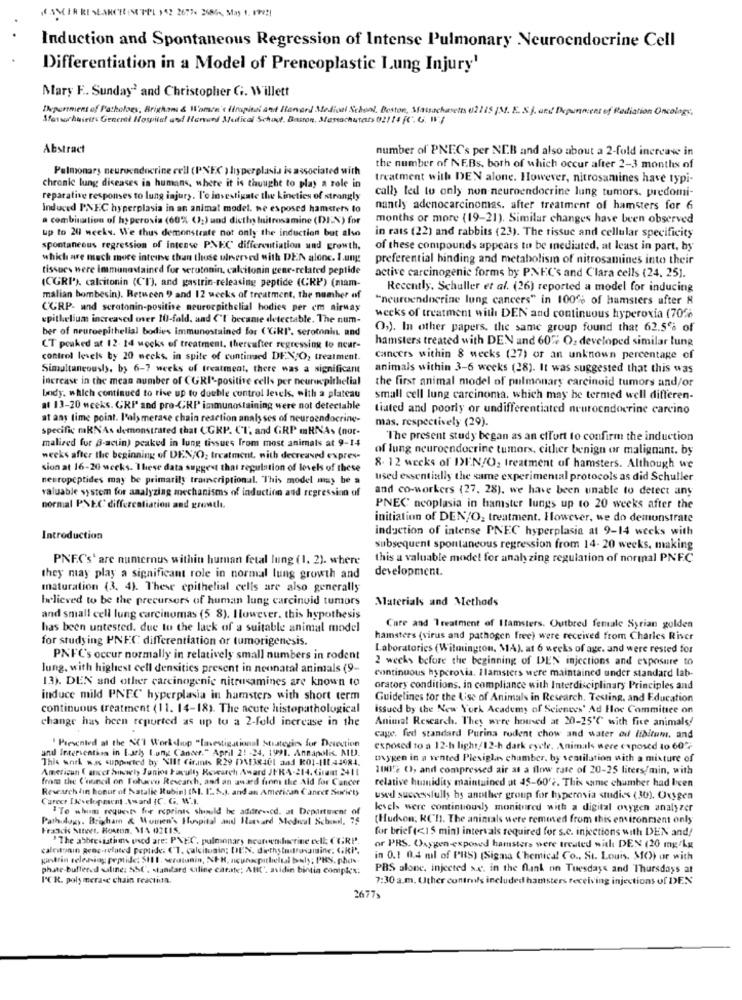
NASCER RESEARCH INTOL )42 26774 268, May 1, 1992)
Induction and Spontaneous Regression of Intense Pulmonary Neuroendocrine Cell
Differentiation in a Model of Prencoplastic Lung Injury'
Mary F .. Sunday2 and Christopher G. Willett
Depormers of Pacholoes, Brighams & Warson's Gropital and Harvard Medical School, Boston, Massachusetts 021 15 [M. E.S.j. und Depunmens of Radiation Oncology.
Mfassurdaielts Generti Hospital and Itorund Metical School. Baston, Massachutats 02114 fC. G. Il'/
Abstract
number of PNECs per NEB and also about a 2-fold increase in
Pulmonary neuroendocrine cell (PNEC ) hyperplasia is associated with
the number of NEBs, both of which occur after 2-3 months of
treatment with DEN alone. However, nitrosamines have typi-
chronic lung diseases in humans, where it is thought to play a role in
cally led to only non neuroendocrine lung tumors, predomi-
reparative responses to lung injury. l'o investigate the kincties of strongly
Induced PNEC hyperplasia in an animal model. ne exposed hamsters to
nantly adenocarcinomas. after treatment of hamsters for 6
a combination of hy peroxis (60% (_) and diethy lnitrosamine (DEN) for
months or more (19-21). Similar changes have been observed
up to 20 weeks. We thus demonstrate not only the induction but also
in rats (22) and rabbits (23). The tissue and cellular specificity
spontaneous regression of intense PNEC differentiation und growth,
of these compounds appears to be mediated, at least in part, by
which are much more intense than those ulnerved with DEN alone. I.ung
preferential binding and metabolism of nitrosamines into their
tissues were immunastained for serotonin, calcitonin gene-related peptide
(CGRP'), calcitonin (CT), and gastrin-releasing peptide (CRI') (mam-
active carcinogenic forms by PNEC's and Clara cells (24, 25).
Recently. Schuller et al. (26) reported a model for inducing
malian bombesin). Retucen ) and 12 weeks of treatment, the number of
"neuroendocrine lung cancers" in 100% of hamsters after &
CORP- and scratonin-positive neuroepithelial hodies per em airway
epithelium increased over 10-fold, and ("I became detectable. The num-
weeks of treatment with DEN and continuous hyperoxia (70%
ber of neuroepithelial bodies immunostained for (GRI. serotonin, and
O,). In other papers, the same group found that 62.5% of
hamsters treated with DEN and 60% O: developed similar lung
CT peaked at 12- 14 weeks of treatment. thereafter regressing to neur-
control levels by 20 weeks, in spite of continued DEN,O, treatment.
cancers within & wecks (27) or an unknown percentage of
Simultaneously, by 6-7 weeks of treatment, there was a significant
animals within 3-6 weeks (28). It was suggested that this was
increase in the mean number of CGRI'-positive cells per neuroepithelial
the first animal model of pulmonary carcinoid tumors and/or
body, which continued to rise up to double control levels, with a plateau
small cell lung carcinoma, which may be termed well differen-
a1 13-20 weeks. GRP and pro-CRP immunostaining were not detectable
tiated and poorly or undifferentiated neuroendocrine carcino
at any time point. l'aly merase chain reaction analy ses of neuroendocrine-
mas, respectively (29).
specific maRNAs demonstrated that CORP. CT, and GRP mRNAs (nor-
The present study began as an effort to confirm the induction
malized fur B-actin) peaked in lung tissues from most animals at 9-14
of lung neuroendocrine tumors, cither benign or malignant. by
weeks after the beginning of DEN/O, treatment, with decreased expres-
sion at 16-26 weeks. These data suggest that regulation of levels of these
8. 12 weeks of I>EN/O, treatment of hamsters. Although we
neuropeptides may be primarily traincriptional. This model may be a
used essentially the same experimental protocols as did Schuller
valuable system for analyzing mechanisms of induction and regression of
and co-workers (27. 28). we have been unable to detect any
normal PNEC differentiation and growth.
PNEC neoplasia in hamster lungs up to 20 weeks after the
initiation of DEN/O, treatment. However, we do demonstrate
induction of intense PNEC hyperplasia at 9-14 weeks with
Introduction
subsequent spontaneous regression from 14- 20 weeks, making
PNF.C's' are numerous within human fetal lung (1. 2). where
this a valuable model for analy zing regulation of normal PNFC
development.
they may play a significant role in normal lung growth and
maturation (3. 4). These epithelial cells are also generally
believed to be the precursors of human lung carcinoid tumors
Materials and Methods
and small cell lung carcinomas (5 8). However, this hypothesis
has been untested. due to the lack of a suitable animal model
Care and Treatment of Ilamsters. Outbred female Syrian gulden
for studying PNFC differentiation or tumorigenesis.
hamsters (virus and pathogen free) were received from Charles River
Laboratories (Wilmington, MA), at 6 weeks of age, and were rested for
PNFC's occur normally in relatively small numbers in rodent
2 weeks before the beginning of DEN injections and exposure to
Jung, with highest cell densities present in neonatal animals (9-
13). DEN and other carcinogenic nitrusamines are known to
continuous hyperovia. Ilamsters were maintained under standard lab-
oratory conditions, in compliance with Interdisciplinary Principles and
induce mild PNEC hyperplasia in hamsters with short term
Guidelines for the Use of Animals in Research. Testing, and Education
continuous treatment (11. 14-18). The acute histopathological
issued by the New York Academy of Sciences' Ad Hoc Committee on
change has been reported as up to a 2-fold increase in the
Animal Research. They were housed at 20-25℃ with five animals!
cage, fed standard Purina rodent chow and water od libitum, and
and Intervention in Early Lung Cancer." April 21 -24. 1991. Annapolis MU.
' Presented at the SC'I Worldloop "laestig.ational Strategies for Detection
exposed to a 12-h light/12-h dark cycle. Animals were exposed to 60℃
This work w.s. supported by Vllt Cirants R29 DE3840l and K01-111.43984.
mygen in a vented Plexighr, chamber. by ventilation with a mixture of
Americun ( ancct bikwely Junios Faculty Rowarch Award JFRA-214. Grant 2411
100'2 0), andl compressed air at a flow rate of 20-25 liters/min, with
from the Council on Fohuevo Research, and an award from the Ald for Cancer
Research (in honor of Natalie Rubin] [MI. I.S.J. and an American Cancer Society
relative humidity maintained at 45-60'2. This same chumber had been
Career Development Award (C. G. W.I.
used successfully by another group for hyperosia studies (30). Oxygen
"To whom requests for reprints should be addresscd. at Department of
levels were continuously monitored with a digital oxygen analyzer
Pathology, Brigham & Women's Hospital and Harvard Medical School, 75
(Hudson; RCH). The animals were removed from this environment only
Francis Siteet. Hoston, MA 02115.
for brief (<15 min) intervals required for s.c. injections with DEN and/
"The abbreviations ined are: PNEC, pulmonary neuroendocrine cell: (GRP'.
calcitonin pens-related peptide: (T. calcitosin; DEN, diethylmitrosamine; GRI".
or PRS. Oxygen-exposed hamsters were treated with DEN (20 mg/kg
katrin selesing peptide: 511I. serotonin, NER, acuracpithieltal baly; PRS, phos.
in 0.1 0.4 mil of PRS) (Sigma Chemical Co ., St. Louis, MO) or with
phate-buffered aline: SSC". standard saline citrate; ABKC. svidin bintia comptes:
PBS alone, injected s.c. in the flank on Tuesdays and Thursdays at
ICR. poly merase chain reaction.
7:30 a.m. Uther controls included hamsters receiving injections of DEN